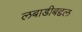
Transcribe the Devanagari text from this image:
लबाडीबद्दल